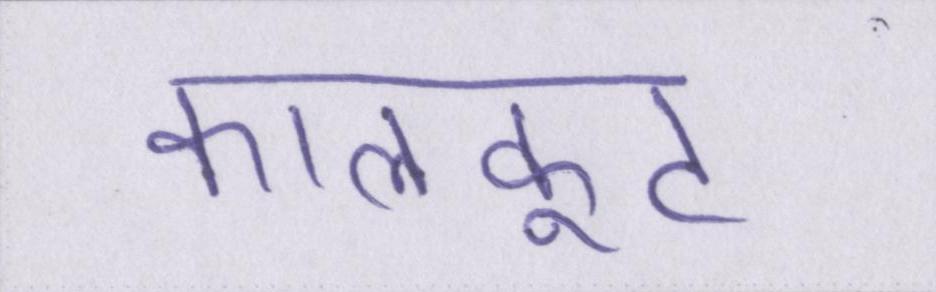
कालकूट